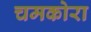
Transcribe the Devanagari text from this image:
चमकोरा